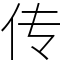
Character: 传